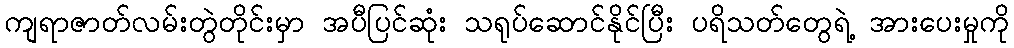
ကျရာဇာတ်လမ်းတွဲတိုင်းမှာ အပီပြင်ဆုံး သရုပ်ဆောင်နိုင်ပြီး ပရိသတ်တွေရဲ့ အားပေးမှုကို